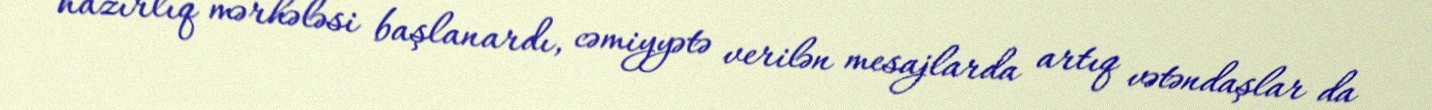
hazırlıq mərhələsi başlanardı, cəmiyyətə verilən mesajlarda artıq vətəndaşlar da